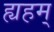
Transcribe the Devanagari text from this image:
ह्यहम्